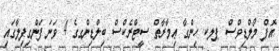
އޮފް މޯލްޑިވްސް ޕލކ ހިންގާ ޢިމާރާތް ސީޓްރެކްސް ބިލްޑިންގގެ 4 ވަނަ ފަންގިފިލާގައި